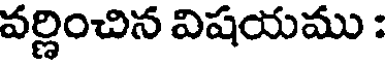
వర్ణించిన విషయము :